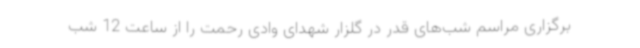
برگزاری مراسم شب‌های قدر در گلزار شهدای وادی رحمت را از ساعت 12 شب